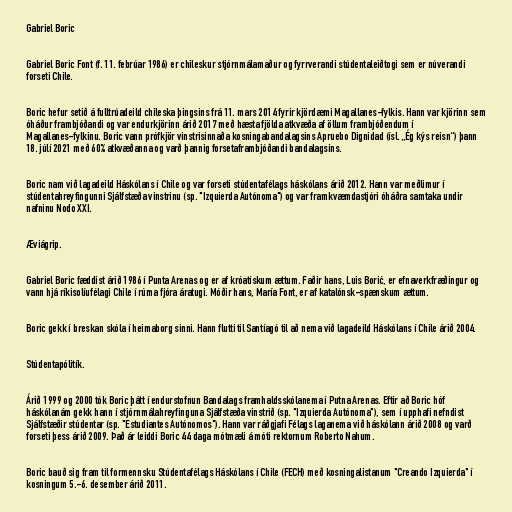
Gabriel Boric

Gabriel Boric Font (f. 11. febrúar 1986) er chileskur stjórnmálamaður og fyrrverandi stúdentaleiðtogi sem er núverandi
forseti Chile.

Boric hefur setið á fulltrúadeild chileska þingsins frá 11. mars 2014 fyrir kjördæmi Magallanes-fylkis. Hann var kjörinn sem
óháður frambjóðandi og var endurkjörinn árið 2017 með hæsta fjölda atkvæða af öllum frambjóðendum í
Magallanes-fylkinu. Boric vann prófkjör vinstrisinnaða kosningabandalagsins Apruebo Dignidad (ísl. „Ég kýs reisn“) þann
18. júlí 2021 með 60% atkvæðanna og varð þannig forsetaframbjóðandi bandalagsins.

Boric nam við lagadeild Háskólans í Chile og var forseti stúdentafélags háskólans árið 2012. Hann var meðlimur í
stúdentahreyfingunni Sjálfstæða vinstrinu (sp. "Izquierda Autónoma") og var framkvæmdastjóri óháðra samtaka undir
nafninu Nodo XXI.

Æviágrip.

Gabriel Boric fæddist árið 1986 í Punta Arenas og er af króatískum ættum. Faðir hans, Luis Borić, er efnaverkfræðingur og
vann hjá ríkisolíufélagi Chile í rúma fjóra áratugi. Móðir hans, María Font, er af katalónsk-spænskum ættum.

Boric gekk í breskan skóla í heimaborg sinni. Hann flutti til Santíagó til að nema við lagadeild Háskólans í Chile árið 2004.

Stúdentapólitík.

Árið 1999 og 2000 tók Boric þátt í endurstofnun Bandalags framhaldsskólanema í Putna Arenas. Eftir að Boric hóf
háskólanám gekk hann í stjórnmálahreyfinguna Sjálfstæða vinstrið (sp. "Izquierda Autónoma"), sem í upphafi nefndist
Sjálfstæðir stúdentar (sp. "Estudiantes Autónomos"). Hann var ráðgjafi Félags laganema við háskólann árið 2008 og varð
forseti þess árið 2009. Það ár leiddi Boric 44 daga mótmæli á móti rektornum Roberto Nahum.

Boric bauð sig fram til formennsku Stúdentafélags Háskólans í Chile (FECH) með kosningalistanum "Creando Izquierda" í
kosningum 5.-6. desember árið 2011.